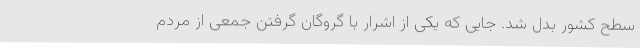
سطح کشور بدل شد. جایی که یکی از اشرار با گروگان گرفتن جمعی از مردم